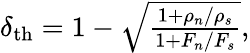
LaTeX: \begin{array}{r}{\delta_{\mathrm{th}}=1-\sqrt{\frac{1+\rho_{n}/\rho_{s}}{1+F_{n}/F_{s}}},}\end{array}